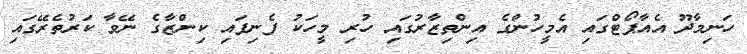
ހަނިމާދޫ އެއާޕޯޓްގައި އެމީހުންގެ އިންތިޒާރުގައި ހުރި މީހަކު ފެނިފައި ކިންޒާގެ ނޭވާ ކަރުތެރޭގައި